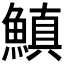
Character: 𩺘